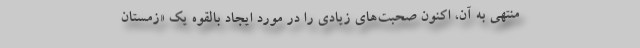
منتهی به آن، اکنون صحبت‌های زیادی را در مورد ایجاد بالقوه یک «زمستان